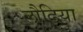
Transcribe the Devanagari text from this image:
लौढि़या